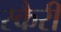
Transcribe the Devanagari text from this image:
स्कैरी